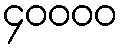
၄၀၀၀၀